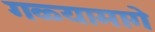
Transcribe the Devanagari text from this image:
गळ्यामागे